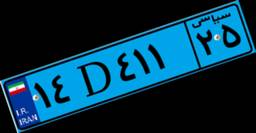
۱۴D۴۱۱۲۵